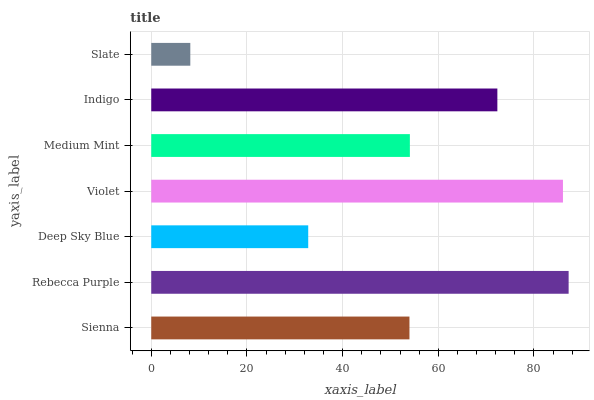
| yaxis_label | bars |
 | --- | --- |
 | Sienna | 54 |
 | Rebecca Purple | 87.2 |
 | Deep Sky Blue | 32.8 |
 | Violet | 86.1 |
 | Medium Mint | 54.1 |
 | Indigo | 72.3 |
 | Slate | 8.16 |